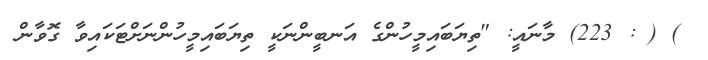
) ( : 223) މާނައީ: "ތިޔަބައިމީހުންގެ އަނބީންނަކީ ތިޔަބައިމީހުންނަށްޓަކައިވާ ގޮވާން